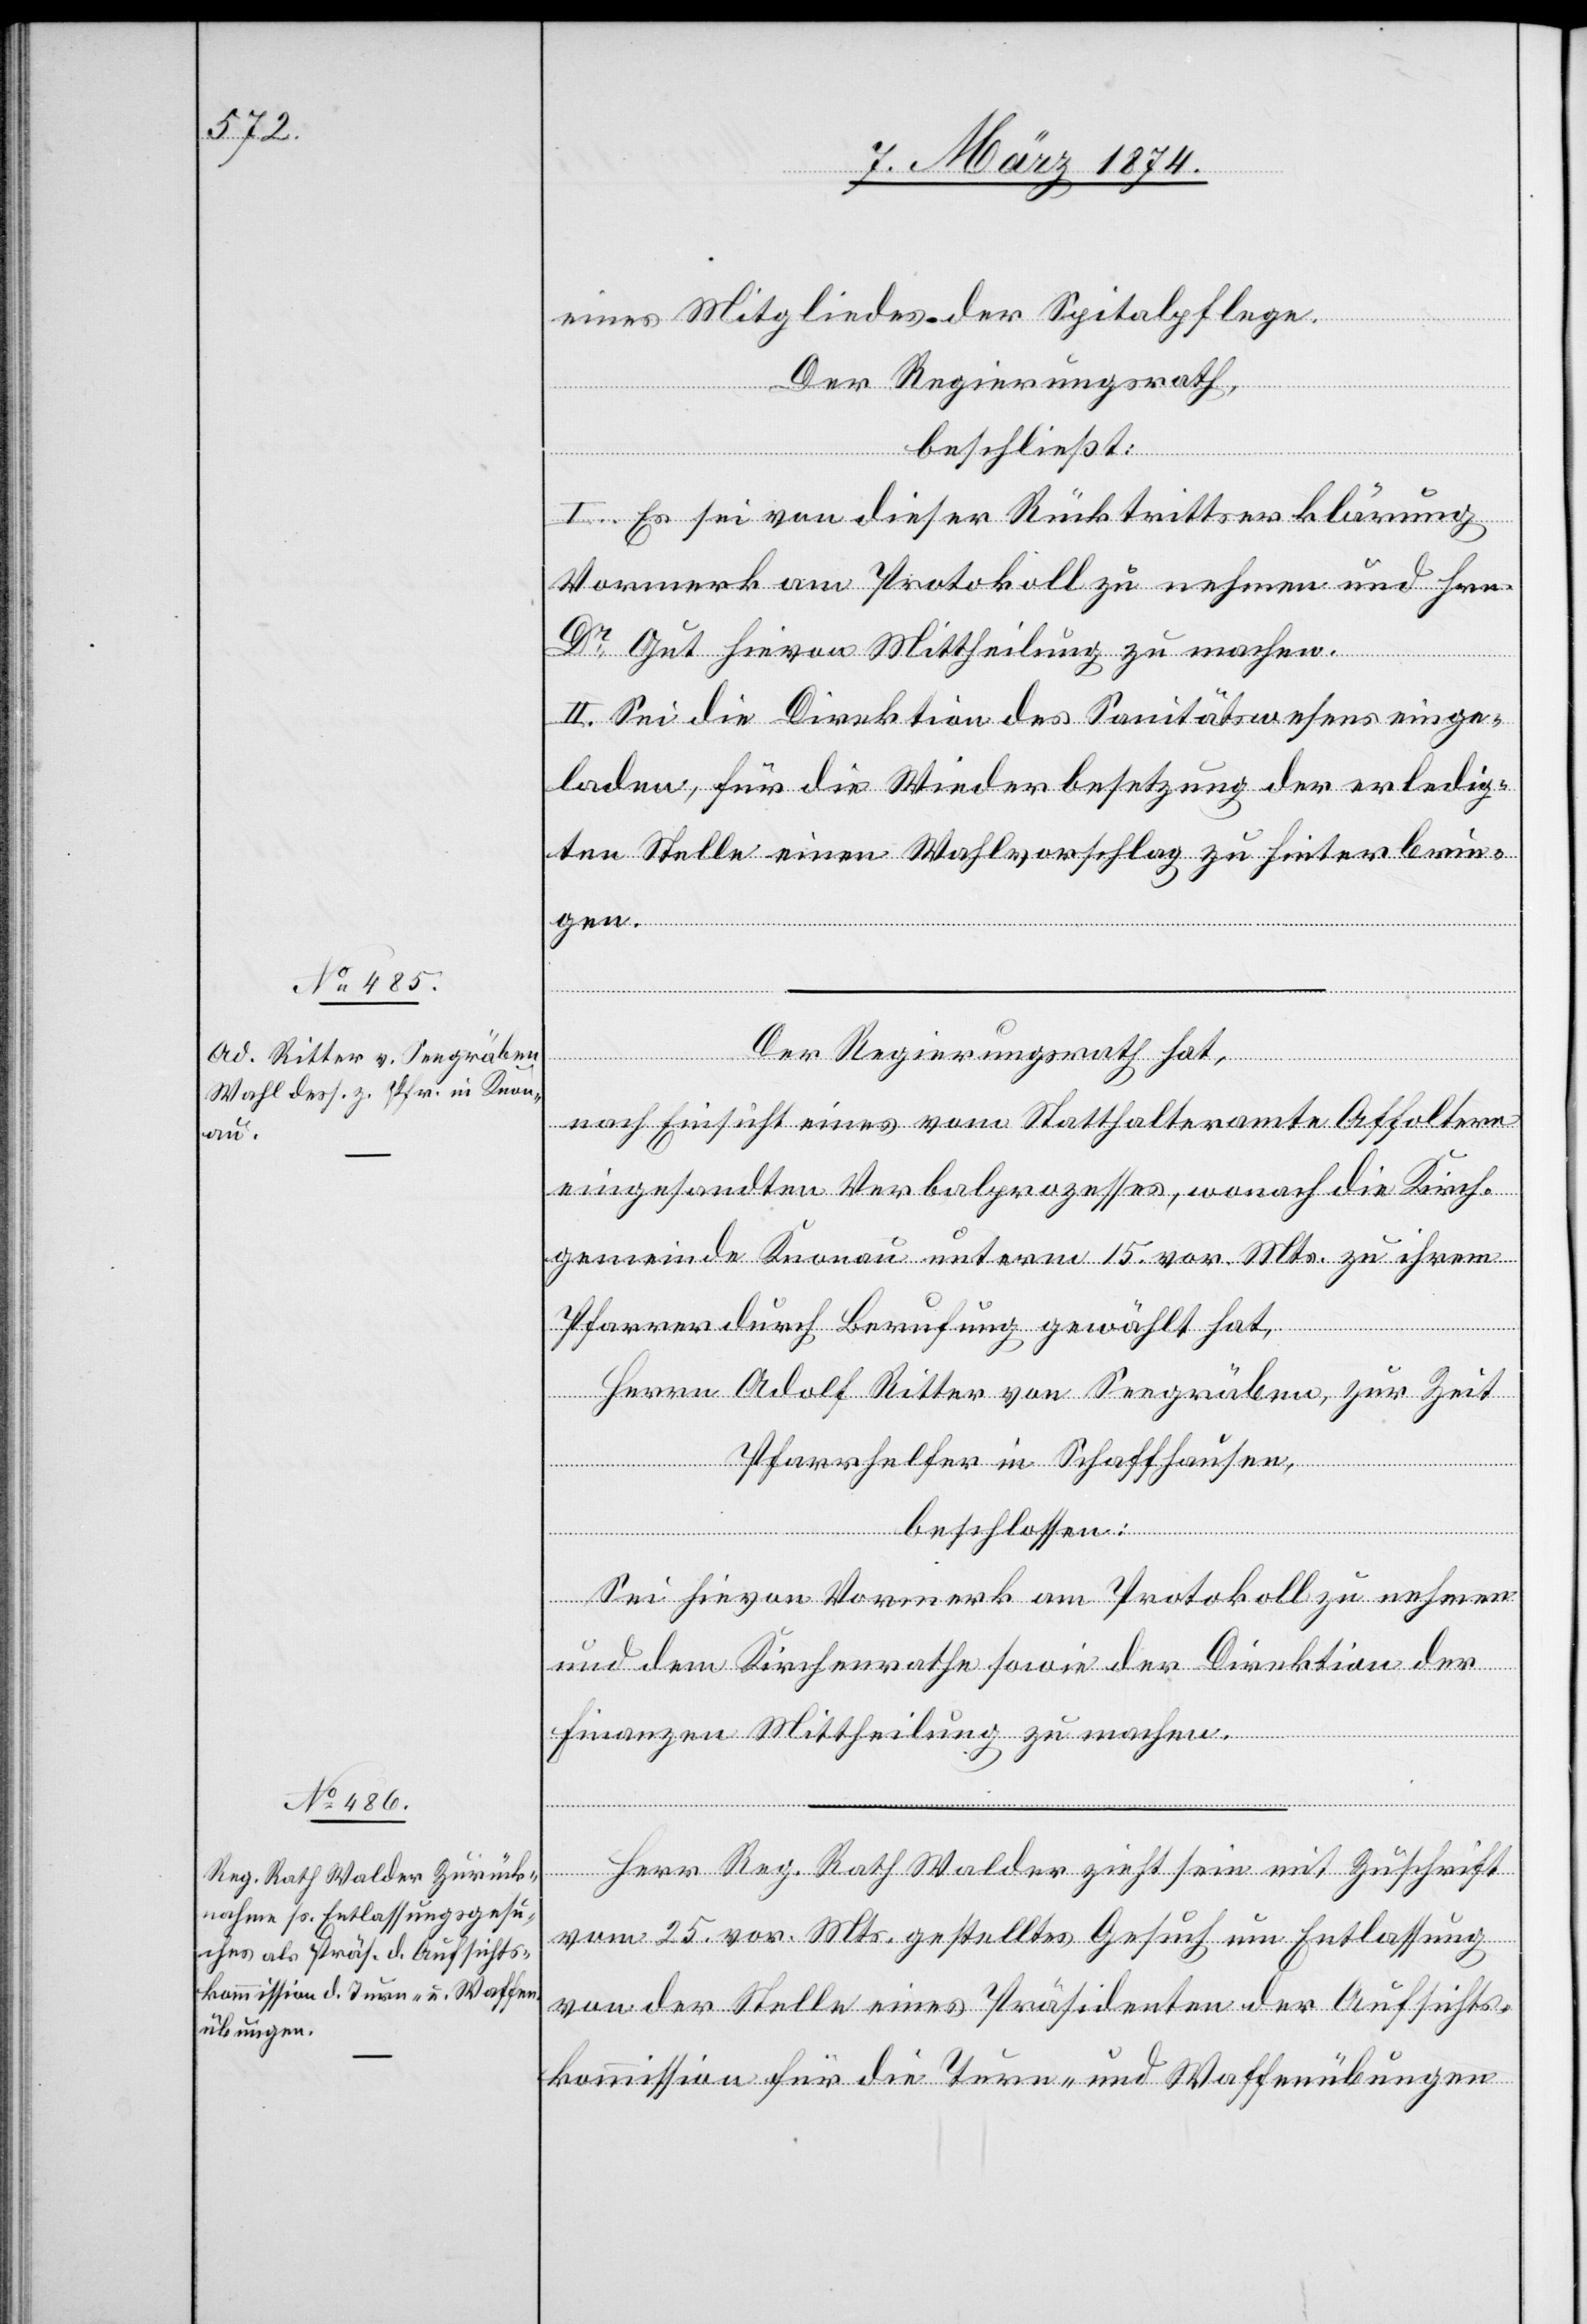
eines Mitgliedes der Spitalpflege.
Der Regierungsrath,
beschließt:
I. Es sei von dieser Rücktrittserklärung
Vormerk am Protokoll zu nehmen und Hrn.
Dr Gut hievon Mittheilung zu machen.
II. Sei die Direktion des Sanitätswesens einge¬
laden, für die Wiederbesetzung der erledig¬
ten Stelle einen Wahlvorschlag zu hinterle¬
gen.
Der Regierungsrath hat,
nach Einsicht eines vom Statthalteramte Affoltern
eingesandten Verbalprozesses, wonach die Kirch¬
gemeinde Knonau unterm 15. vor. Mts. zu ihrem
Pfarrer durch Berufung gewählt hat,
Herrn Adolf Ritter von Seegräben, zur Zeit
Pfarrhelfer in Schaffhausen,
beschlossen:
Sei hivon Vormerk am Protokoll zu nehmen
und dem Kirchenrathe sowie der Direktion der
Finanzen Mittheilung zu machen.
Herr Reg. Rath Walder zieht sein mit Zuschrift
vom 25. vor. Mts. gestelltes Gesuch um Entlassung
von der Stelle eines Präsidenten der Aufsichts¬
kommission für die Turn- und Waffenübungen